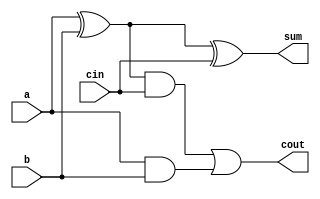
/*********************************************************
 *
 *  Module: FA.v
 *  Project: Hunter_RV32
 *  Description: Full Adder
 *
 *********************************************************/
`timescale 1ns/1ns

module FA (
    input a, 
    input b, 
    input cin,
    output sum, 
    output cout 
);

  assign sum = a ^ b ^ cin;
  assign cout = ((a ^ b) & cin) | (a & b);
  
endmodule